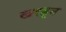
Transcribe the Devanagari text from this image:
खरडून